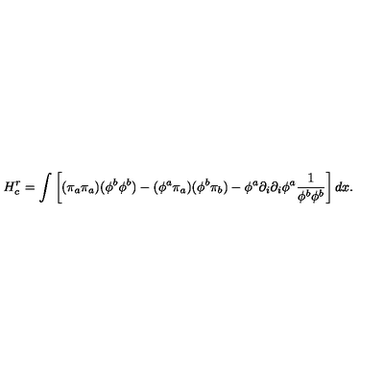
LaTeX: H _ { c } ^ { r } = \int \left[ ( \pi _ { a } \pi _ { a } ) ( \phi ^ { b } \phi ^ { b } ) - ( \phi ^ { a } \pi _ { a } ) ( \phi ^ { b } \pi _ { b } ) - \phi ^ { a } \partial _ { i } \partial _ { i } \phi ^ { a } { \frac { 1 } { \phi ^ { b } \phi ^ { b } } } \right] d x .